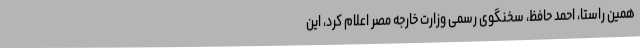
همین راستا، احمد حافظ، سخنگوی رسمی وزارت خارجه مصر اعلام کرد، این